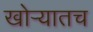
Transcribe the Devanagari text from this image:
खोऱ्यातच